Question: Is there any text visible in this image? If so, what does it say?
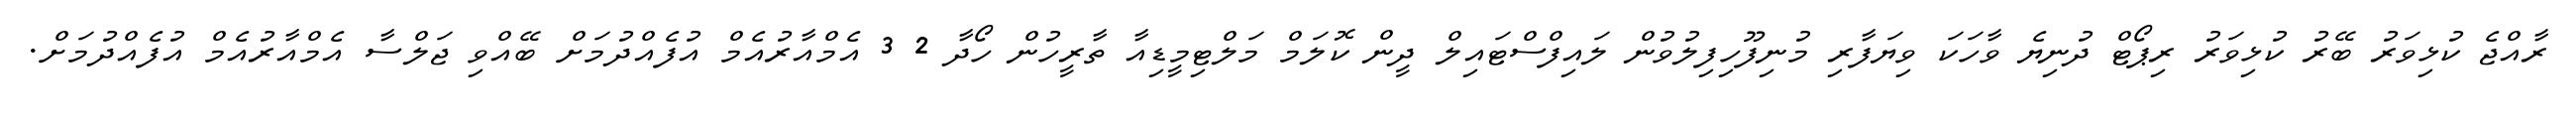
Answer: ރާއްޖެ ކުޅިވަރު ބޭރު ކުޅިވަރު ރިޕޯޓް ދުނިޔެ ވާހަކަ ވިޔަފާރި މުނިފޫހިފިލުވުން ލައިފްސްޓައިލް ދީން ކޮލަމް މަލްޓިމީޑިއާ ތާރީހުން ހޯދާ 2 3 އެމްއާރުއެމް އުފެއްދުމަށް ބޭއްވި ޖަލްސާ އެމްއާރުއެމް އުފެއްދުމަށް.